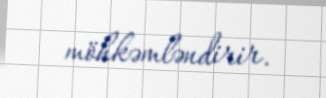
möhkəmləndirir.